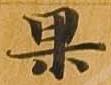
果